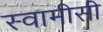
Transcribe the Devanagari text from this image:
स्वामीसी